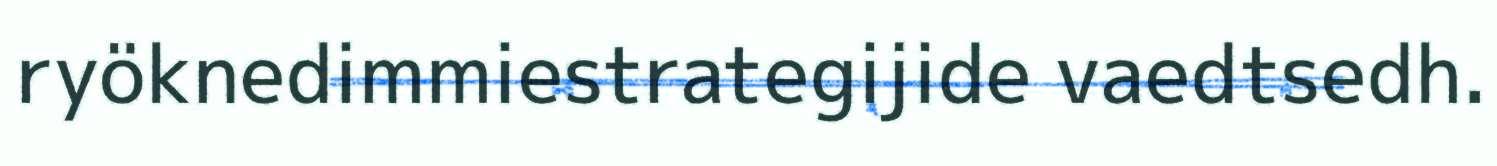
ryöknedimmiestrategijide vaedtsedh.